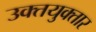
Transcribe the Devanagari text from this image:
उक्तयुक्तार